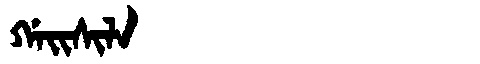
Manchu: ᡤᠠᡳᠰᡳᠯᠠ
Romanization: GAISILA